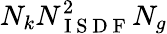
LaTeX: N_{k}N_{\mathrm{~I~S~D~F~}}^{2}N_{g}